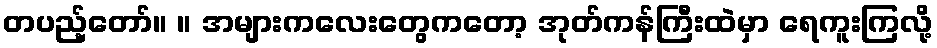
တပည့်တော်။ ။ အများကလေးတွေကတော့ အုတ်ကန်ကြီးထဲမှာ ရေကူးကြလို့